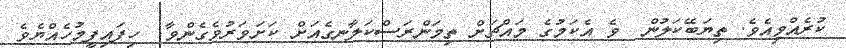
ކުރެއްވިއެވެ. ތިޔަބޭކަލުން  ވެ އެކަމުގެ މައްޗަށް ތިމަންރަސްކަލާނގެއަށް ކަށަވަރުވެގެންވާ  ހިފައިފީމުހެއްޔެވެ